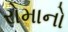
રોમાનો